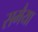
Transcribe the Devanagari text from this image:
समैया